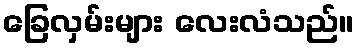
ခြေလှမ်းများ လေးလံသည်။